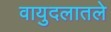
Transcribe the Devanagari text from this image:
वायुदलातले